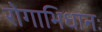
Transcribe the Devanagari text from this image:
रोगाभिधानः